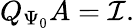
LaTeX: Q_{\Psi_{0}}A=\mathcal{I}.